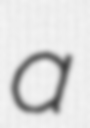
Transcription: a